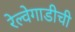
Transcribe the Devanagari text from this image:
रेल्वेगाडीची